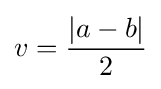
v={\frac {|a-b|}{2}}